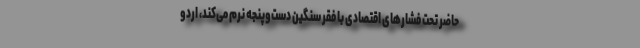
حاضر تحت فشارهای اقتصادی با فقر سنگین دست‌و‌پنجه نرم می‌کند، اردو